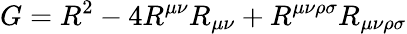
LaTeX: G=R^{2}-4R^{\mu\nu}R_{\mu\nu}+R^{\mu\nu\rho\sigma}R_{\mu\nu\rho\sigma}